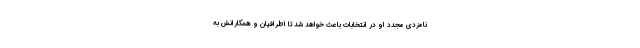
نامزدی مجدد او در انتخابات باعث خواهد شد تا اطرافیان و همکارانش به